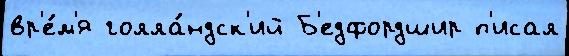
вр'е́м'я голла́ндск'ий Б'едфордшир п'исал